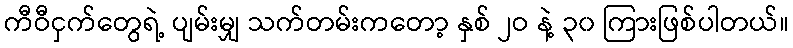
ကီဝီငှက်တွေရဲ့ ပျမ်းမျှ သက်တမ်းကတော့ နှစ် ၂ဝ နဲ့ ၃၀ ကြားဖြစ်ပါတယ်။